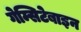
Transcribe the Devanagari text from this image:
गेम्सिटेबाइन